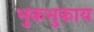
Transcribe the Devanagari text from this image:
भुकभुकाय